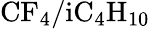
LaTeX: \mathrm{CF_{4}/iC_{4}H_{10}}